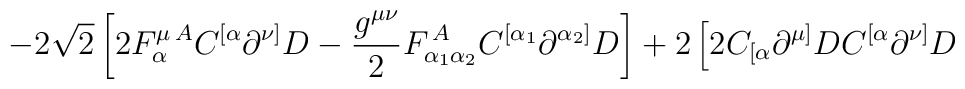
\left.  -2\sqrt{2}\left[2  F_{\alpha}^{\mu\,A}C^{[\alpha}  \partial^{\nu]}D  -\frac{g^{\mu\nu}}{2}F_{\alpha_1\alpha_{2}}^{\,A}  C^{[\alpha_1}\partial^{\alpha_{2}]}D  \right]  +2\left[2C_{[\alpha}  \partial^{\mu]}DC^{[\alpha}  \partial^{\nu]}D  \right. \right.